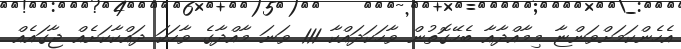
އެހެންކަމަށްވަންޏާ މިމާއްދާއާ ބެހޭގޮތުން ވާހަކަދައްކާ 111 ވަނަ މާއްދާގެ ވާހަކަ ދައްކާކަށެއް ޖާގައެއް